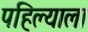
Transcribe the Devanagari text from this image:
पहिल्याला